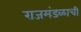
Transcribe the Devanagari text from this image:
राजमंडळाची